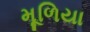
મૂળિયા